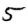
Digit: 5